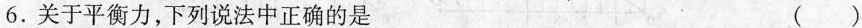
6.关于平衡力，下列说法中正确的是 ()